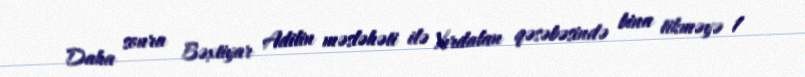
Daha sonra Bəxtiyar Adilin məsləhəti ilə Xırdalan qəsəbəsində bina tikməyə 1